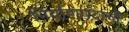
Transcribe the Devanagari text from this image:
निर्वाणपदाची